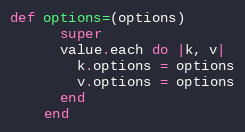
Language: Ruby
def options=(options)
      super
      value.each do |k, v|
        k.options = options
        v.options = options
      end
    end